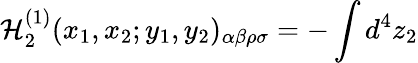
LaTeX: {\cal H}_{2}^{(1)}(x_{1},x_{2};y_{1},y_{2})_{\alpha\beta\rho\sigma}=-\int d^{4}z_{2}